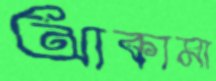
আকামা